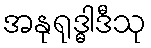
အနုရုဒ္ဓါဒီသု